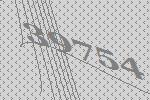
39754